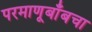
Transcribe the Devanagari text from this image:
परमाणूबाँबचा